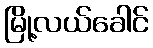
မြို့လယ်ခေါင်